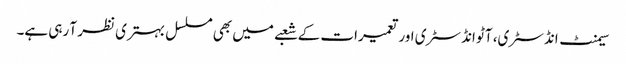
سیمنٹ انڈسٹری، آٹو انڈسٹری اور تعمیرات کے شعبے میں بھی مسلسل بہتری نظر آ رہی ہے۔